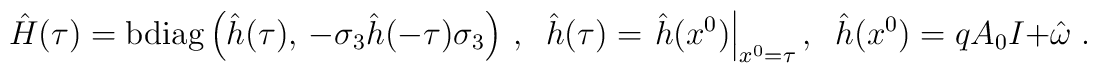
\hat{H}(\tau )={\rm bdiag}\left( \hat{h}(\tau ),\,-\sigma _{3}\hat{h}(-\tau)\sigma _{3}\right) \,,\;\;\hat{h}(\tau )=\left. \hat{h}(x^{0})\right|_{x^{0}=\tau },\;\;\hat{h}(x^{0})=qA_{0}I+\hat{\omega}\;.